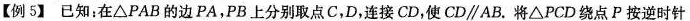
【例5】已知：在△PAB的边PA，PB上分别取点C，D，连接CD，使CD\parallel AB。将△PCD绕点P按逆时针